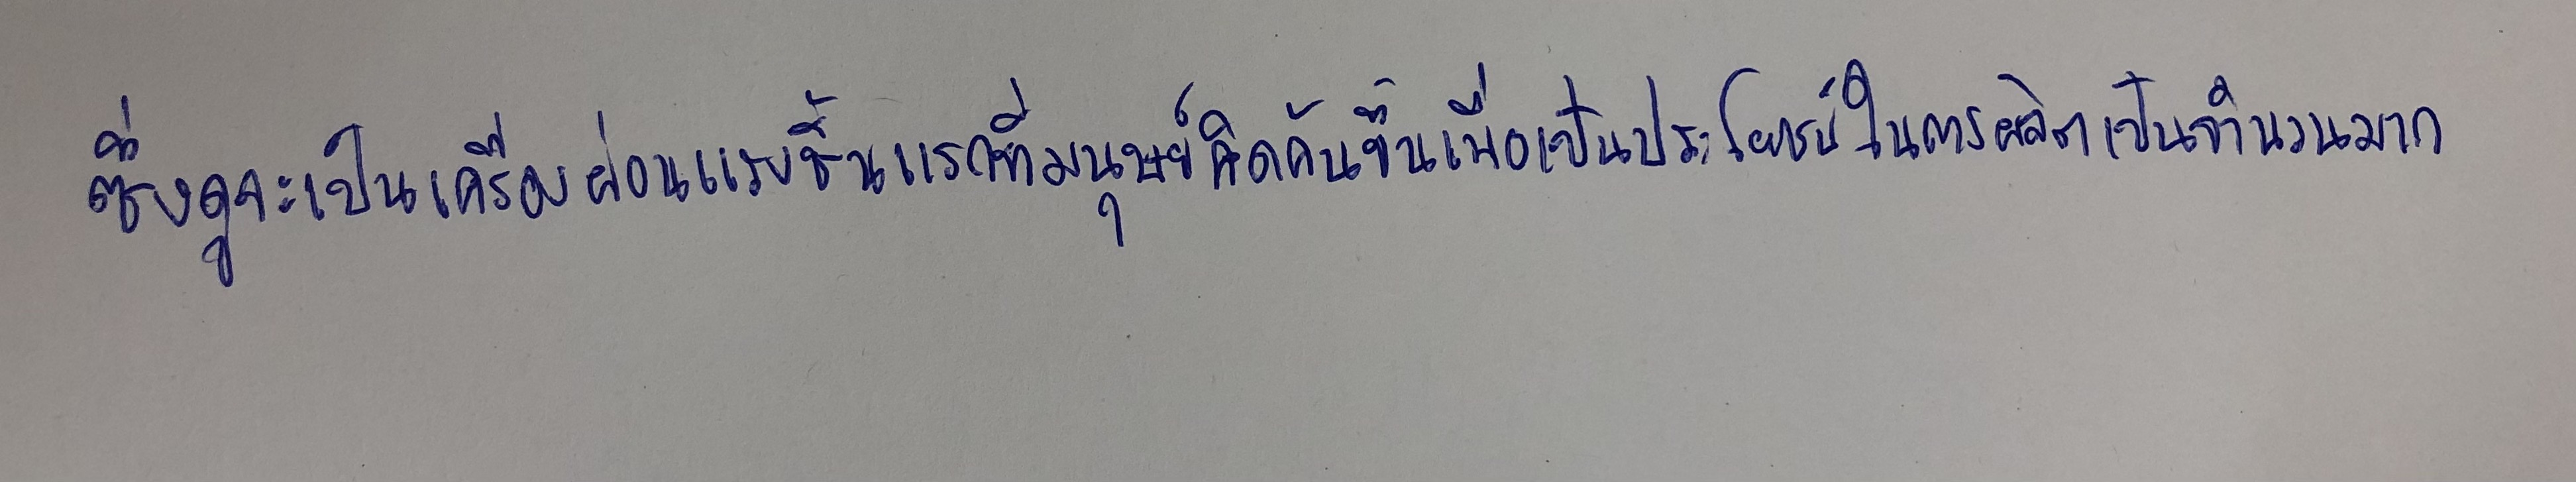
ซึ่งดูจะเป็นเครื่องผ่อนแรงชิ้นแรกที่มนุษย์คิดค้นขึ้นเพื่อเป็นประโยชน์ในการผลิตเป็นจำนวนมาก